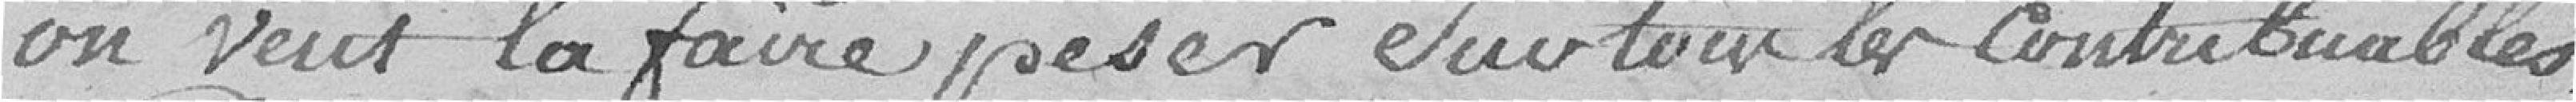
on veut la faire peser sur tous les contribuables